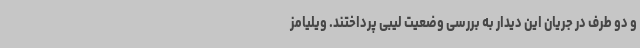
و دو طرف در جریان این دیدار به بررسی وضعیت لیبی پرداختند. ویلیامز